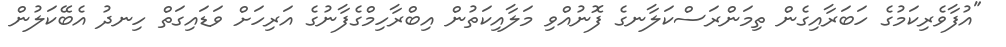
"އުފާވެރިކަމުގެ ހަބަރާއިގެން ތިމަންރަސްކަލާނގެ ފޮނުއްވި މަލާއިކަތުން އިބްރާހިމްގެފާނުގެ އަރިހަށް ވަޑައިގަތް ހިނދު އެބޭކަލުން